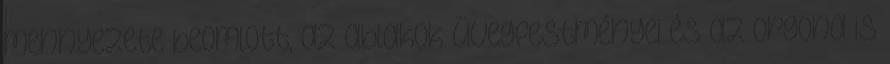
mennyezete beomlott, az ablakok üvegfestményei és az orgona is